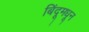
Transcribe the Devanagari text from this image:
बिंदूमधून